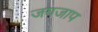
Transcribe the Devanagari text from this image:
जगजाप